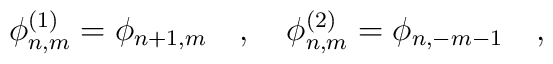
\phi_{n,m}^{(1)} =\phi_{n+1,m}~~~,~~~\phi_{n,m}^{(2)} =  \phi_{n,-m-1}~~~,